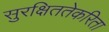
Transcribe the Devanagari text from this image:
सुरक्षिततेकरिता